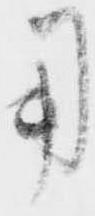
用